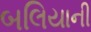
બલિયાની